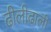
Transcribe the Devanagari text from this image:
ढीलीढाली